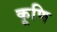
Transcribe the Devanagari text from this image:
कूणि